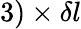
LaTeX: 3)\times\delta l